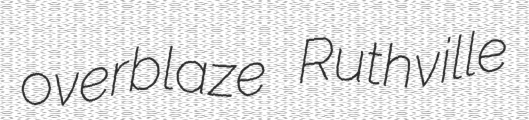
overblaze Ruthville